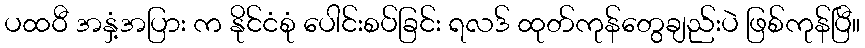
ပထဝီ အနှံ့အပြား က နိုင်ငံစုံ ပေါင်းစပ်ခြင်း ရလဒ် ထုတ်ကုန်တွေချည်းပဲ ဖြစ်ကုန်ပြီ။